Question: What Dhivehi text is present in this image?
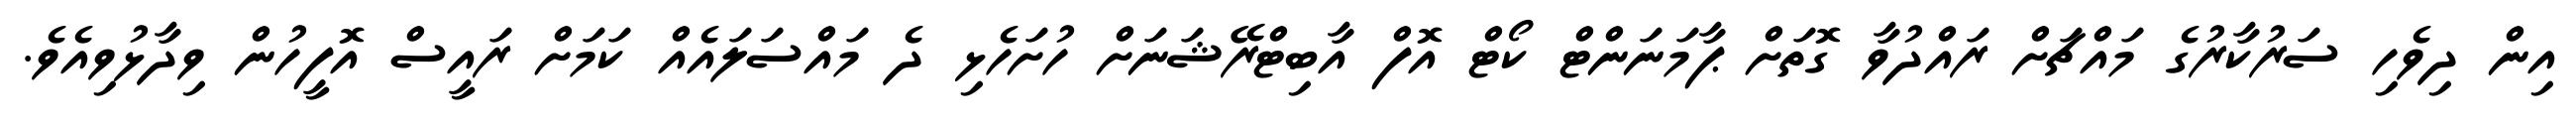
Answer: އިން ދިވެހި ސަރުކާރުގެ މައްޗަށް ރައްދުވާ ގޮތަށް ޕާމަނަންޓް ކޯޓް އޮފް އާބިޓްރޭޝަނަށް ހުށަހެޅި ދެ މައްސަލައެއް ކަމަށް ރައީސް އޮފީހުން ވިދާޅުވިއެވެ.